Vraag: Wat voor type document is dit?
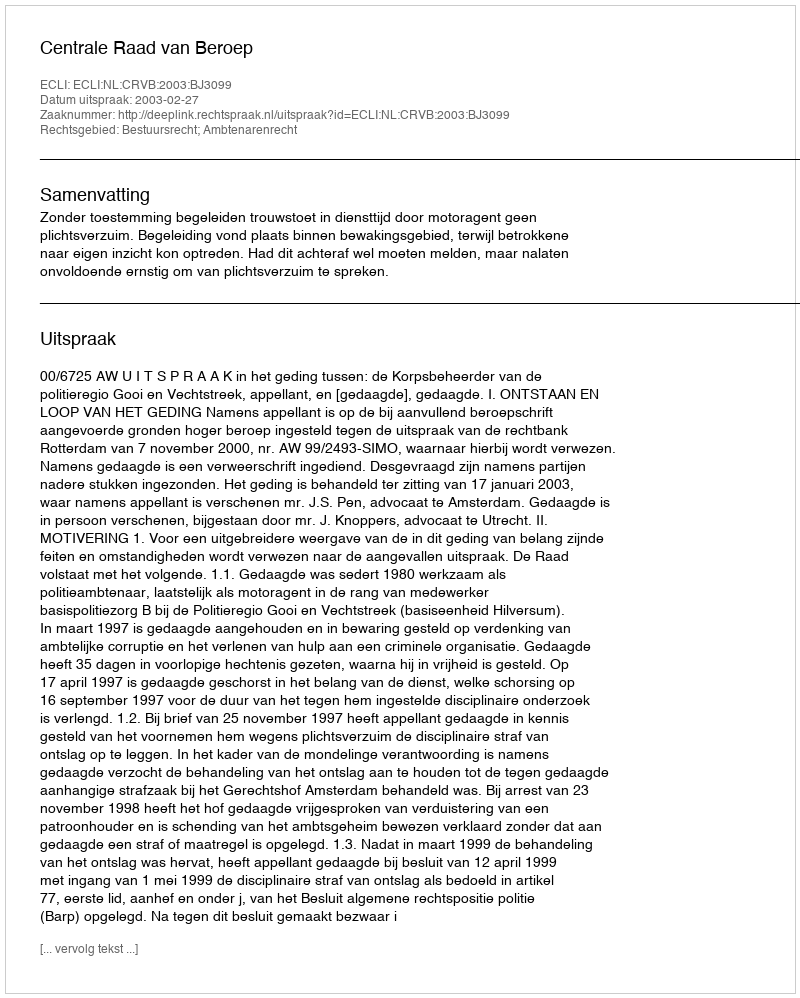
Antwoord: Uitspraak